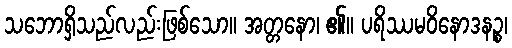
သဘောရှိသည်လည်းဖြစ်သော။ အတ္တနော၊ ၏။ ပရိဿမဝိနောဒနဉ္စ၊